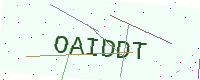
Text: OAIDDT